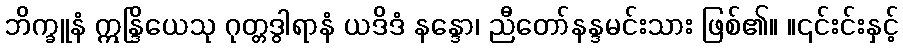
ဘိက္ခူနံ ဣန္ဒြိယေသု ဂုတ္တဒွါရာနံ ယဒိဒံ နန္ဒော၊ ညီတော်နန္ဒမင်းသား ဖြစ်၏။ ။၎င်းင်းနှင့်